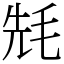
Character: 𣭡